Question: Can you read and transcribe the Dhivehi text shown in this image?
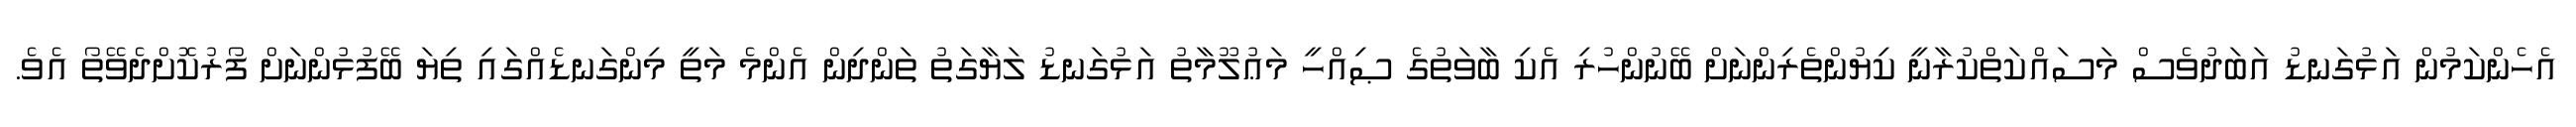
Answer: އެހެންކަމުން އަޅުގަނޑު އަބަދުވެސް މަސައްކަތްކުރާނީ ކިޔުންތެރިންނަށް ބޭނުންހުރި އެކި ބާވަތުގެ ޞިއްހީ މަޢުލޫމާތު އަޅުގަނޑު ލަޔާގަތު ތަންދިން އެންމެ މަތީ މިންގަނޑެއްގައި ތިޔަ ބޭފުޅުންނަށް ފޯރުކޮށްދެވޭތޯ އެވެ.